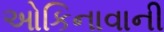
ઓકિનાવાની